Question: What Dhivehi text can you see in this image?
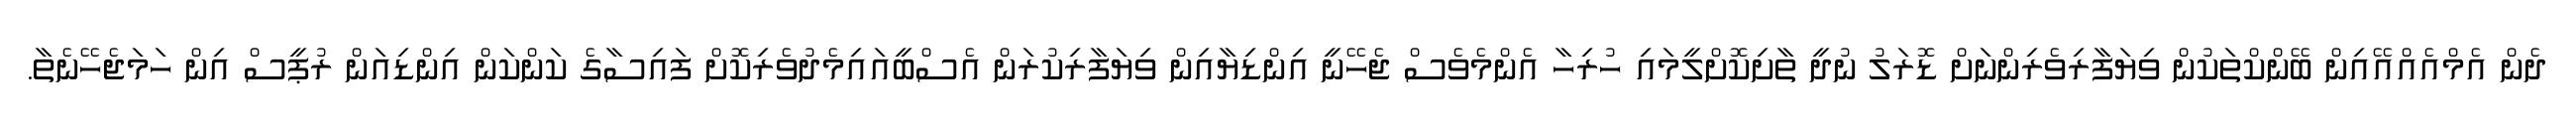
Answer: ދެން އެމްއެއްއޭއިން ބޭންކްތަކުން ވިޔަފާރިވެރިންނަށް ޑޮރަލު ނުދީ ތާށިކޮށްލީމައި ހުރިހާ އެންމެވެސް ޖެހޭނީ އިންޑިޔާއިން ވިޔަފާރިކުރަން އެސްބީއައިމެދުވެރިކޮށް ފައިސާގެ ކަންކަން އިންޑިއަން ރުޕީސް އިން ހަމަޖެހޭނެތާ.